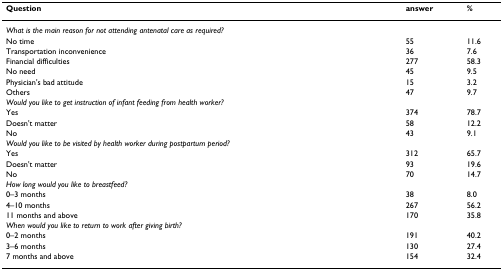
<table><thead><tr><td><b>Question</b></td><td><b>answer</b></td><td><b>%</b></td></tr></thead><tbody><tr><td><i>What is the main reason for not attending antenatal care as required?</i></td><td></td><td></td></tr><tr><td>No time</td><td>55</td><td>11.6</td></tr><tr><td>Transportation inconvenience</td><td>36</td><td>7.6</td></tr><tr><td>Financial difficulties</td><td>277</td><td>58.3</td></tr><tr><td>No need</td><td>45</td><td>9.5</td></tr><tr><td>Physician&#x27;s bad attitude</td><td>15</td><td>3.2</td></tr><tr><td>Others</td><td>47</td><td>9.7</td></tr><tr><td><i>Would you like to get instruction of infant feeding from health worker?</i></td><td></td><td></td></tr><tr><td>Yes</td><td>374</td><td>78.7</td></tr><tr><td>Doesn&#x27;t matter</td><td>58</td><td>12.2</td></tr><tr><td>No</td><td>43</td><td>9.1</td></tr><tr><td><i>Would you like to be visited by health worker during postpartum period?</i></td><td></td><td></td></tr><tr><td>Yes</td><td>312</td><td>65.7</td></tr><tr><td>Doesn&#x27;t matter</td><td>93</td><td>19.6</td></tr><tr><td>No</td><td>70</td><td>14.7</td></tr><tr><td><i>How long would you like to breastfeed?</i></td><td></td><td></td></tr><tr><td>0–3 months</td><td>38</td><td>8.0</td></tr><tr><td>4–10 months</td><td>267</td><td>56.2</td></tr><tr><td>11 months and above</td><td>170</td><td>35.8</td></tr><tr><td><i>When would you like to return to work after giving birth?</i></td><td></td><td></td></tr><tr><td>0–2 months</td><td>191</td><td>40.2</td></tr><tr><td>3–6 months</td><td>130</td><td>27.4</td></tr><tr><td>7 months and above</td><td>154</td><td>32.4</td></tr></tbody></table>